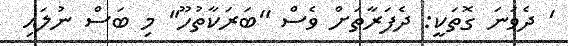
' ދެވަނަ ގޮތަކީ: ދެފަރާތަށް ވެސް ''ބަރަކާތުހޫ'' މި ބަސް ނުލައި